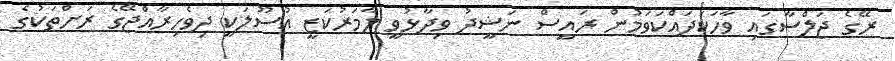
ރޭގެ ޖަލްސާގައި ވާހަކަދައްކަވަމުން ރައީސް ނަޝީދު ވިދާޅުވީ ލާމަރުކަޒީ އުސޫލަކީ ދިވެހިރާއްޖޭގެ ރަށްތަކުގެ